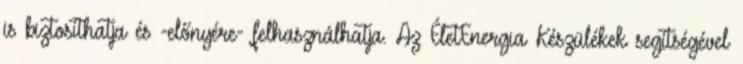
is biztosíthatja és -előnyére- felhasználhatja. Az ÉletEnergia Készülékek segítségével